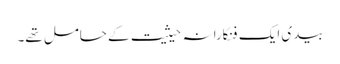
بیدی ایک فنکارانہ حیثیت کے حامل تھے۔